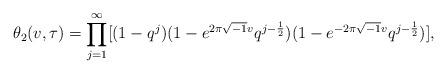
LaTeX: \begin{align*}\theta_2(v,\tau)=\prod_{j=1}^{\infty}[(1-q^j)(1-e^{2\pi\sqrt{-1}v}q^{j-\frac{1}{2}})(1-e^{-2\pi\sqrt{-1}v}q^{j-\frac{1}{2}})],\end{align*}